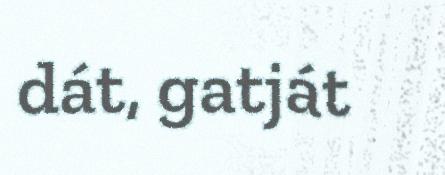
dát, gatját